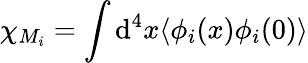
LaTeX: \chi_{M_{i}}=\int\mathrm{d}^{4}x\langle\phi_{i}(x)\phi_{i}(0)\rangle